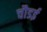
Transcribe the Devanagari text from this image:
चौडई